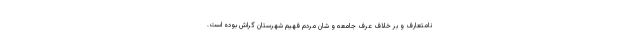
نامتعارف و بر خلاف عرف جامعه و شان مردم فهیم شهرستان گراش بوده است.